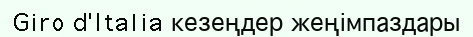
Giro d'Italia кезеңдер жеңімпаздары